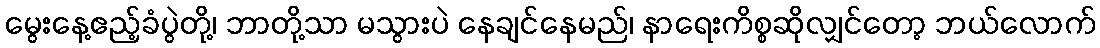
မွေးနေ့ဧည့်ခံပွဲတို့၊ ဘာတို့သာ မသွားပဲ နေချင်နေမည်၊ နာရေးကိစ္စဆိုလျှင်တော့ ဘယ်လောက်